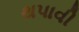
થપાવી